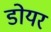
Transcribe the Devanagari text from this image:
डोयर